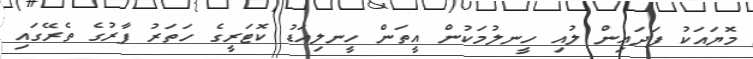
މޮޔައަކު ފަދައިން ލުއި ހީނލުމަކުން އީތަން ހީނލިއަޑު ކޮޓަރީގެ ހަތަރު ފާރުގެ ތެރޭގައި